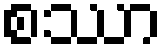
စဿာ